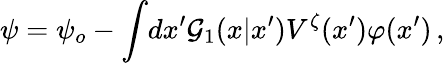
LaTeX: \psi=\psi_{o}-\int\! dx^{\prime}{\cal G}_{1}(x|x^{\prime})V^{\zeta}(x^{\prime})\varphi(x^{\prime})\, ,